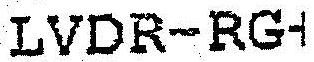
LVDR-RG-1